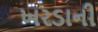
ખરડાની